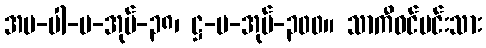
အပ-ပါ-ပ-အုပ်-၃၈၊ ဋ္ဌ-ပ-အုပ်-၃၀၀။ သာကီဝင်မင်းသား